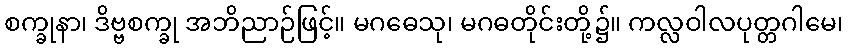
စက္ခုနာ၊ ဒိဗ္ဗစက္ခု အဘိညာဉ်ဖြင့်။ မဂဓေသု၊ မဂဓတိုင်းတို့၌။ ကလ္လဝါလပုတ္တဂါမေ၊